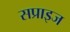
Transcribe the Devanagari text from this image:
सप्राइज